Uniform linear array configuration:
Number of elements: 12
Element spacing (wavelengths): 0.25
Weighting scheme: blackman
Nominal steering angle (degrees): -60
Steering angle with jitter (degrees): -59.28
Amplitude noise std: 0.05
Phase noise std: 0.05

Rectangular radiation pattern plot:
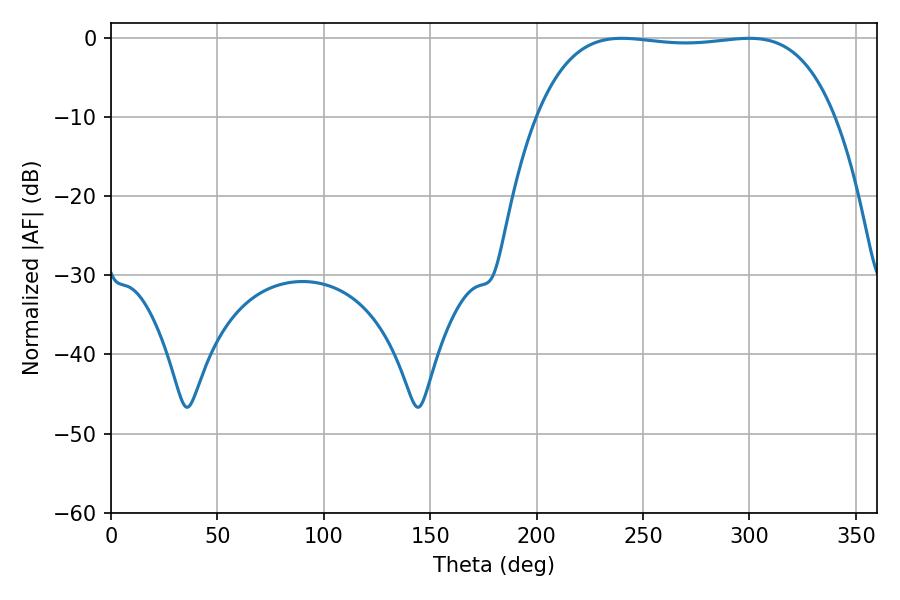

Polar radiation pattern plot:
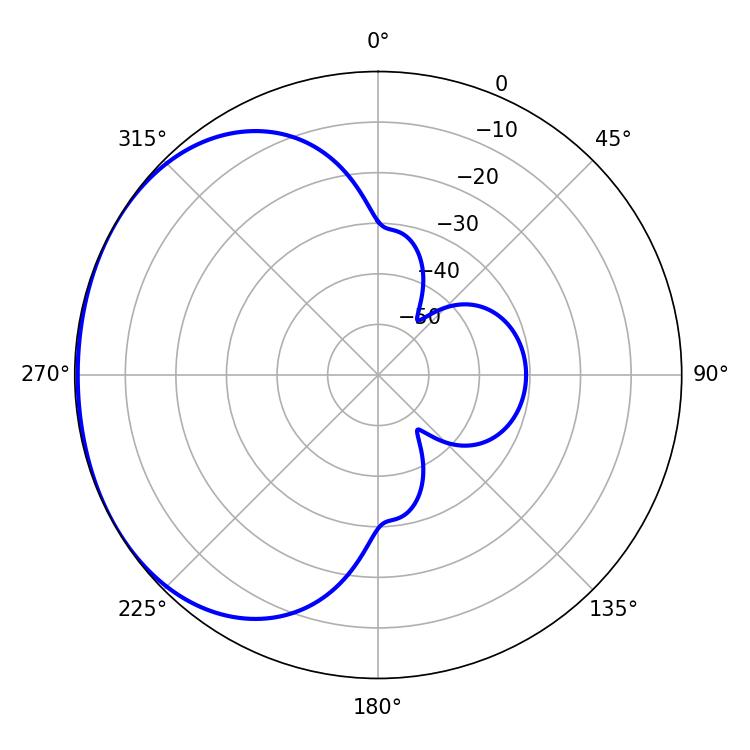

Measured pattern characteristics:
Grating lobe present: FALSE
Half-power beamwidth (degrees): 110.52
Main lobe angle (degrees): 240.12